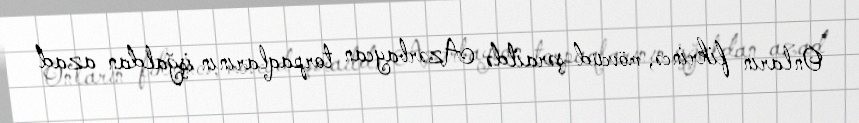
Onların fikrincə, mövcud şəraitdə Azərbaycan torpaqlarının işğaldan azad